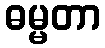
ဓမ္မတာ